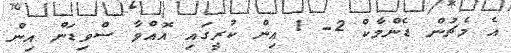
އެ މެޗުން ޑެންމާކް 2- 1 އިން ކުރީގައި އޮއްވާ ސްވިޑަން އިން